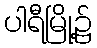
ပါရီမြို့၌